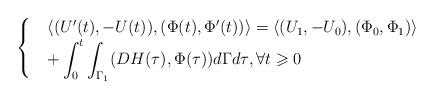
LaTeX: \begin{align*}\begin{cases}&\langle(U'(t), -U(t)), (\Phi(t), \Phi'(t))\rangle= \langle(U_1, -U_0), (\Phi_0, \Phi_1)\rangle \\& \displaystyle+\int_0^t \int_{\Gamma_1}(DH(\tau), \Phi(\tau) ) d\Gamma d\tau, \forall t\geqslant 0\end{cases}\end{align*}